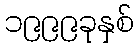
၁၉၉၉ခုနှစ်